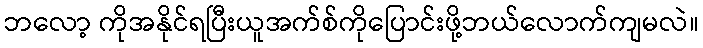
ဘလော့ ကိုအနိုင်ရပြီးယူအက်စ်ကိုပြောင်းဖို့ဘယ်လောက်ကျမလဲ။